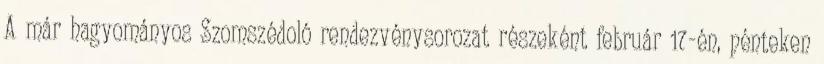
A már hagyományos Szomszédoló rendezvénysorozat részeként február 17-én, pénteken